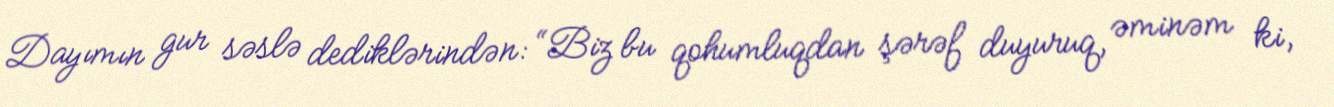
Dayımın gur səslə dediklərindən: “Biz bu qohumluqdan şərəf duyuruq, əminəm ki,